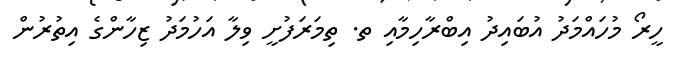
ހީރޯ މުހައްމަދު އުބައިދު އިބްރާހިމާއި ތ. ތިމަރަފުށީ ވިލާ އަހުމަދު ޒިހާންގެ އިތުރުން